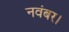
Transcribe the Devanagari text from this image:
नवंबर।